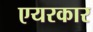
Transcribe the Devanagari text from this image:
एयरकार